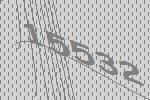
15532